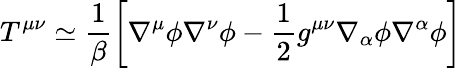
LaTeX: T^{\mu\nu}\simeq\frac{1}{\beta}\left[\nabla^{\mu}\phi\nabla^{\nu}\phi-\frac{1}{2}g^{\mu\nu}\nabla_{\alpha}\phi\nabla^{\alpha}\phi\right]